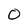
Character: 0